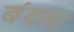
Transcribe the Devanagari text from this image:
बंदला